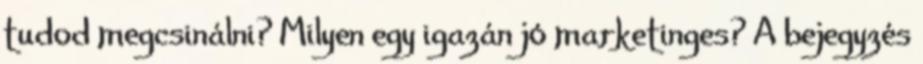
tudod megcsinálni? Milyen egy igazán jó marketinges? A bejegyzés